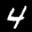
Label: 4